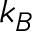
k _ { B }